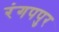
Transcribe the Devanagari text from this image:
रंगपपुर